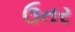
ઉતર